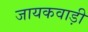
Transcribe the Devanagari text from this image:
जायकवाड़ी